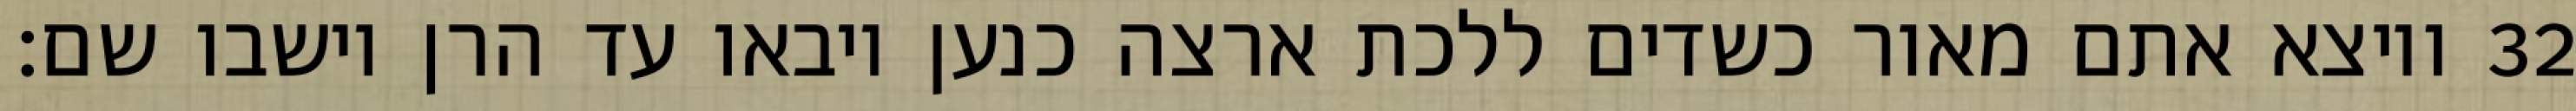
ויוצא אתם מאור כשדים ללכת ארצה כנען ויבאו עד הרן וישבו שם׃ ‎32‏